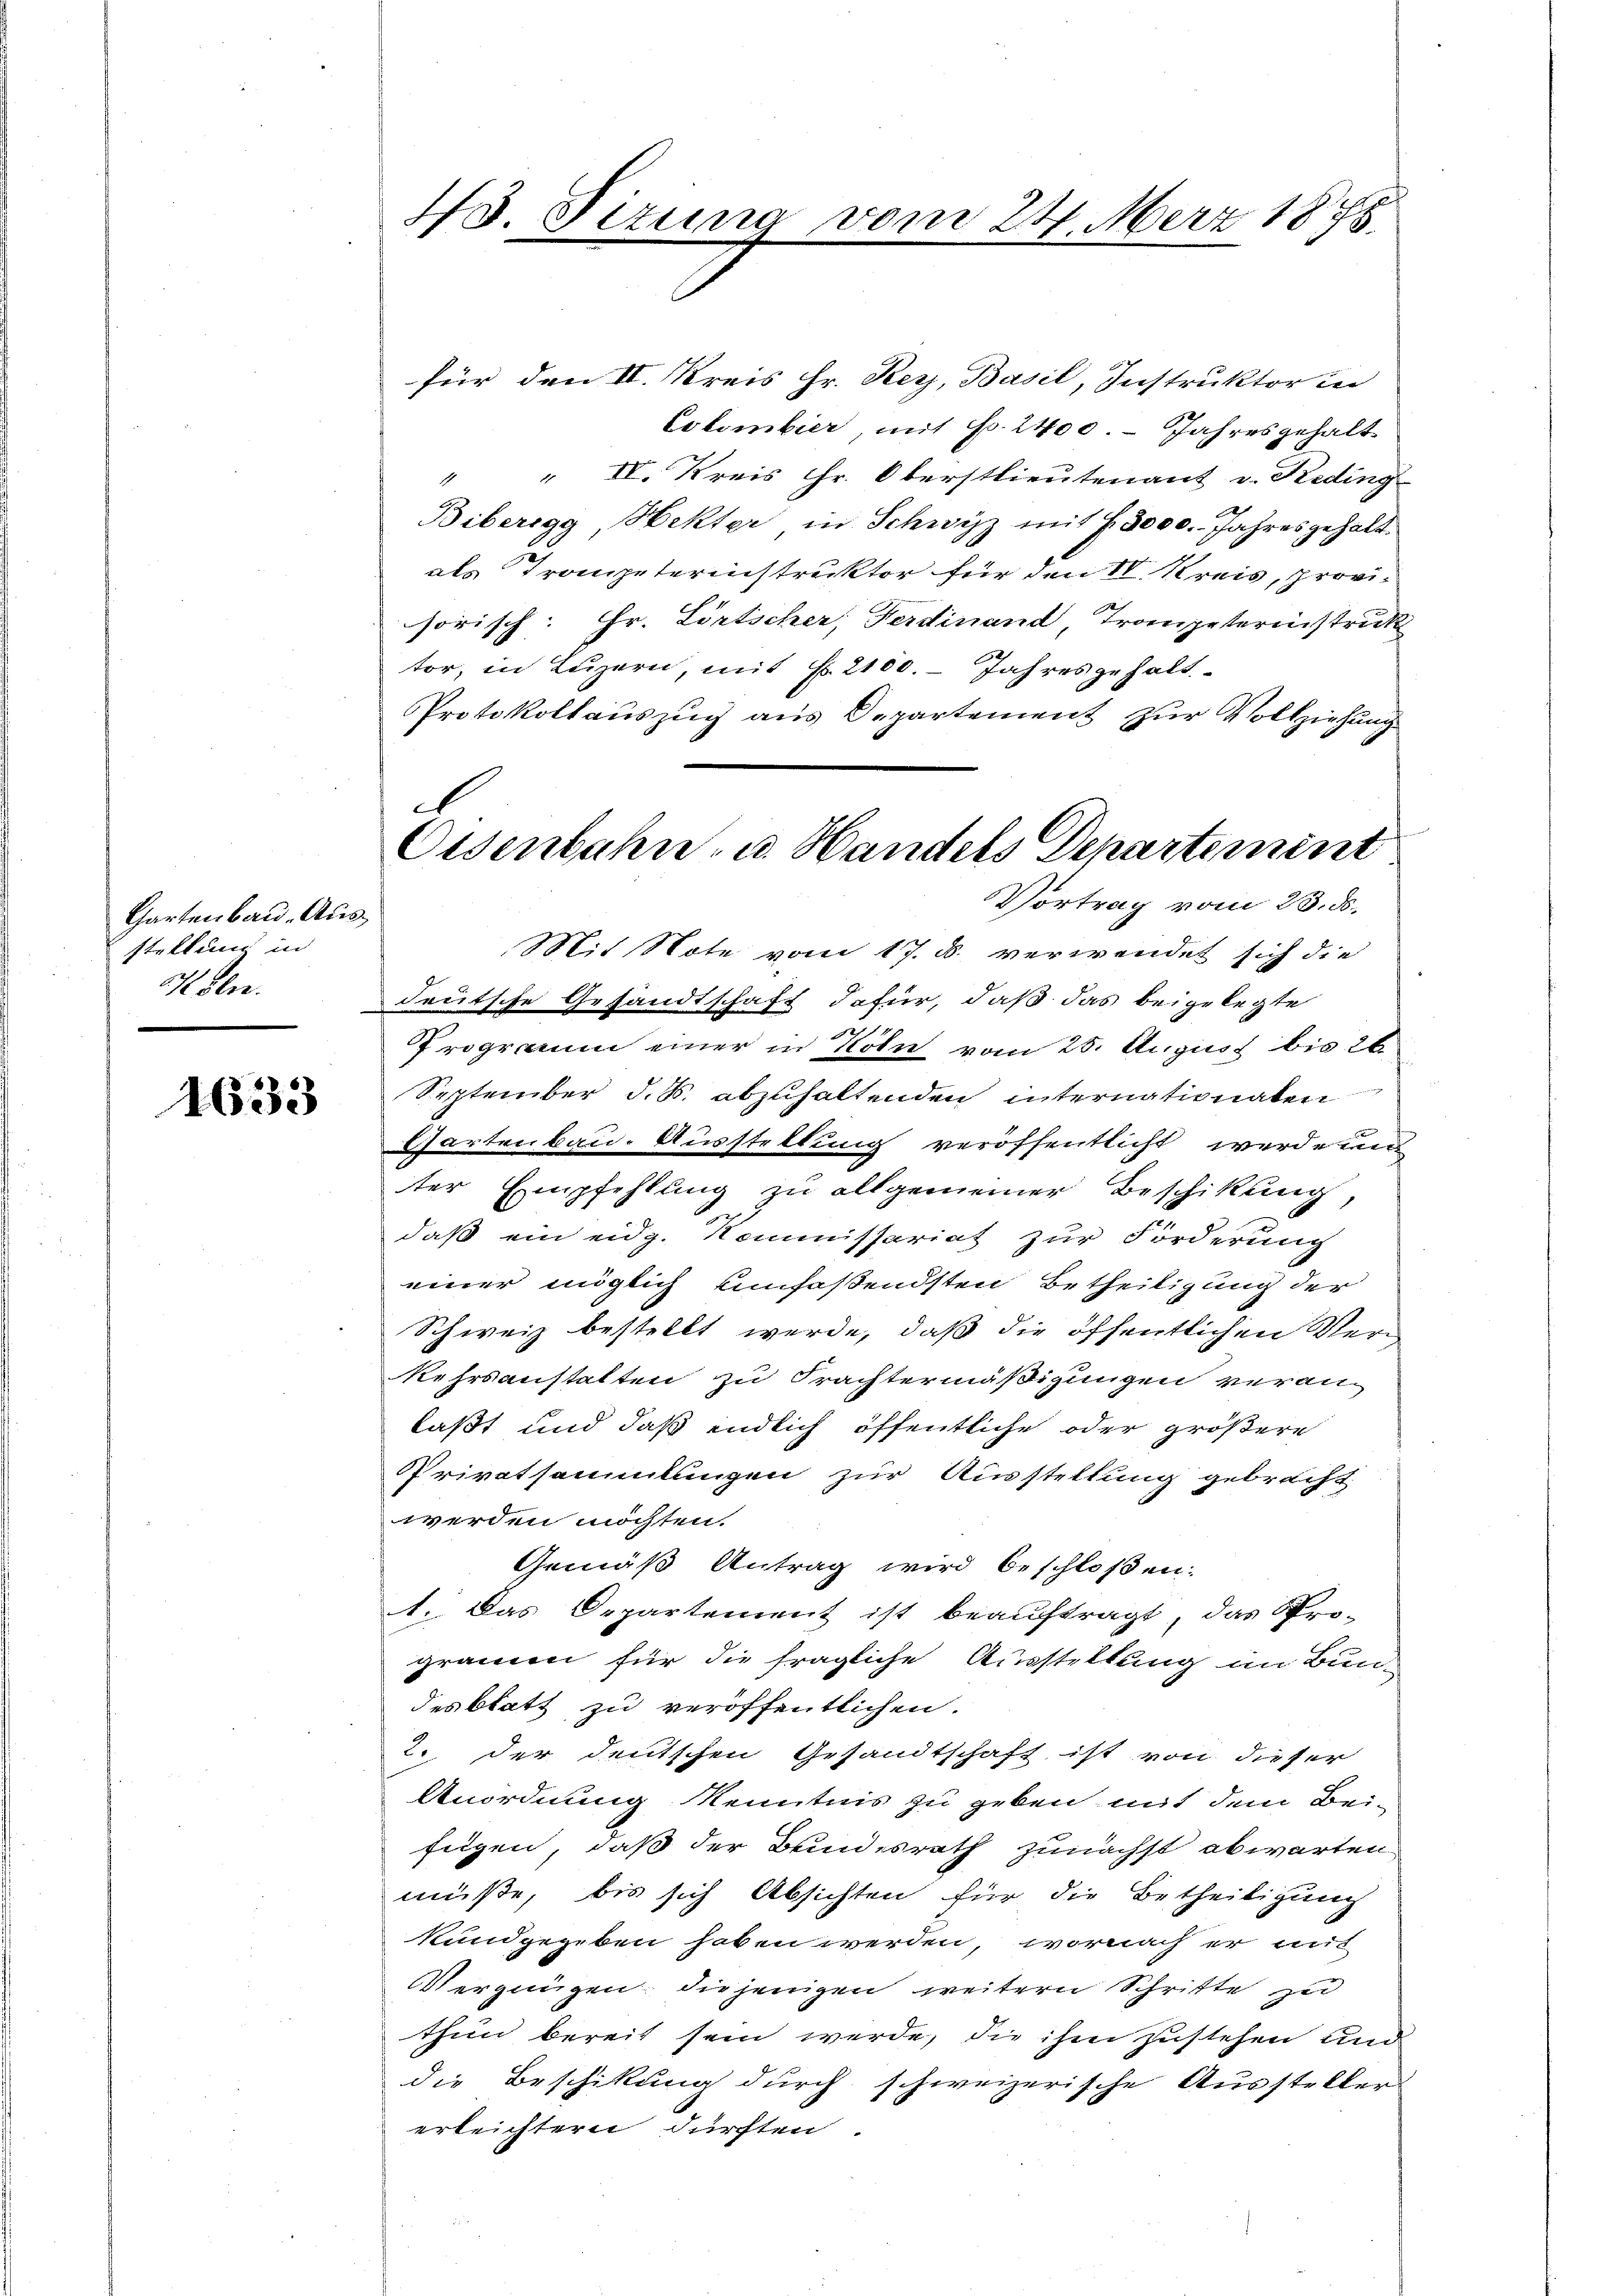
Chartenbau. Ausstellung in
K blie

1633

13 Tizung vom 24. März 1875.

d
Eisenbahn, u. Handels Departement
Vortrag vom 23. ds.

für den II. Kreis Hr. Key, Basil, Instruktor in
Colombier, mit No. 2400. - Jahresgehalt
" " IV. Kreis Hr. Oberstlieutenant v. Reding
Biberegg, Hekter in Schwyz mit f. 3000. Jahresgehaltals Trompeterinstruktor für den 10 Kreis, provisorisch: Hr. Lörtscher, Ferdinand, Trompeterinstrukt
tor, in Luzern, mit f. 2100. Jahres gehalt¬
Protokollauszug aus Departement zur Vollziehung
Mit Note vom 17. d. verwendet sich die
deutsche Gesandtschaft dafür, daß das beigelegte
Programm einer in Köln vom 25. August bis 26
September d. Js. abzuhaltenden internationaten
Gartenbau. Ausstellung veröffentlicht werde un
ter Empfehlung zu allgemeiner Beschikung,
daß ein eidg. Kommissariat zur Forderung
einer möglich umfaßendsten Betheiligung der
Schweiz bestellt werde, daß die öffentlichen Ver¬
Kehrsanstatten zu Frachtermäßigungen veranlaßt und daß endlich öffentliche oder größere
Privatsammlungen zur Ausstellung gebracht
werden möchten.
Gemäß Antrag wird beschloßen:
1. Das Departement ist beauftragt, das Pro-
gramen für die fragliche Ausstellung im Bun-
desblatt zu veröffentlichen.
2. der deutschen Gesandtschaft ist von dieser
Anordnung Kenntnis zu geben mit dem Bei-
fügen, daß der Bundesrath zunächst abwarten.
müße, bis sich Absichten für die Betheiligung
kundgegeben haben werden, wornach er mit
Vergnügen, die jenigen weitern Schritte zu
thun bereit sein werde, die ihm zustehen und
die Beschikung durch schweizerische Aussteller
erleichtern dürften.